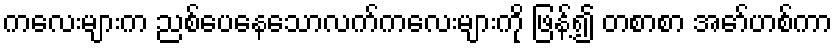
ကလေးများက ညစ်ပေနေသောလက်ကလေးများကို ဖြန့်၍ တစာစာ အော်ဟစ်ကာ